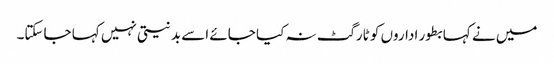
میں نے کہا بطور اداروں کو ٹارگٹ نہ کیا جائے اسے بدنیتی نہیں کہا جاسکتا۔